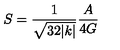
S = \frac { 1 } { \sqrt { 3 2 | k | } } \frac { A } { 4 G }